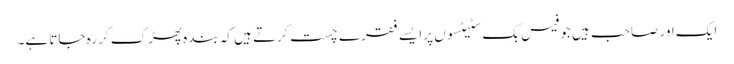
ایک اور صاحب ہیں جو فیس بک سٹیٹسوں پر ایسے فقرے چست کرتے ہیں کہ بندہ پھڑک کر رہ جاتا ہے۔